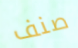
صنف